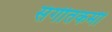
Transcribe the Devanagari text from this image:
संगीतकर्मी